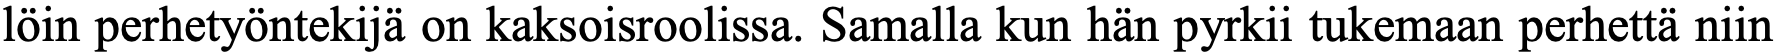
löin perhetyöntekijä on kaksoisroolissa. Samalla kun hän pyrkii tukemaan perhettä niin